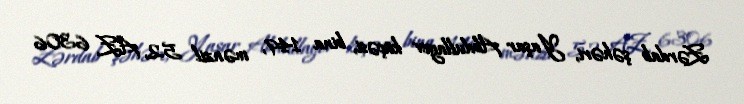
Zərdab şəhəri, Yaşar Abdullayev küçəsi, bina 149, mənzil 52, AZ 6306